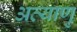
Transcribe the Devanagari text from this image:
अत्याणु